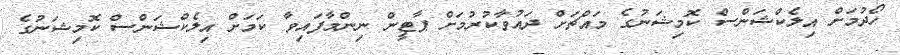
ހޯދުމަށް އިލެކްޝަންސް ކޮމިޝަނުގެ މައްޗަށް ދައުވާކުރުމަށް ޕާޓީން ނިންމާފައިވާ ކަމަށް އިލެކްޝަންސް ކޮމިޝަނުގެ